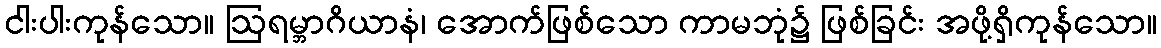
ငါးပါးကုန်သော။ ဩရမ္ဘာဂိယာနံ၊ အောက်ဖြစ်သော ကာမဘုံ၌ ဖြစ်ခြင်း အဖို့ရှိကုန်သော။